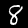
Digit: 8